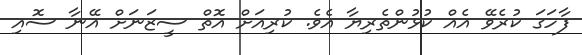
ފާހަގަ ކުރެވޭ އެއް ކުޅުންތެރިޔާ އެވެ. ކުރިއަށް އޮތް ސީޒަނަށް އޭނާ ސޮއި